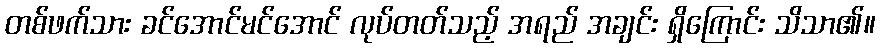
တစ်ဖက်သား ခင်အောင်မင်အောင် လုပ်တတ်သည့် အရည် အချင်း ရှိကြောင်း သိသာ၏။